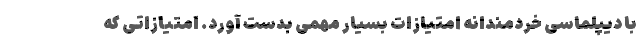
با دیپلماسی خردمندانه امتیازات بسیار مهمی بدست آورد. امتیازاتی که